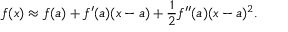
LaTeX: f ( x ) \approx f ( a ) + f ^ { \prime } ( a ) ( x - a ) + { \frac { 1 } { 2 } } f ^ { \prime \prime } ( a ) ( x - a ) ^ { 2 } .